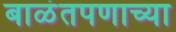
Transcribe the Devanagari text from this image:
बाळंतपणाच्या